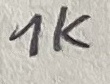
Text: 1K